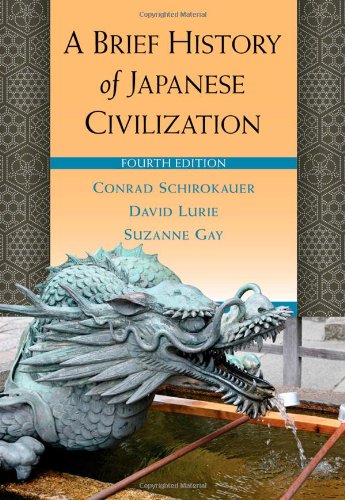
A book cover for A Brief History of Japanese Civilization; Conrad Schirokauer; History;